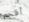
أقحم